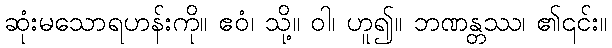
ဆုံးမသောရဟန်းကို။ ဧဝံ၊ သို့။ ဝါ၊ ဟူ၍။ ဘဏန္တဿ၊ ၏၎င်း။